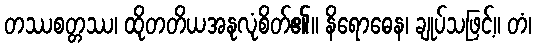
တဿစတ္တဿ၊ ထိုတတိယအနုလုံစိတ်၏။ နိရောဓေန၊ ချုပ်သဖြင့်။ တံ၊